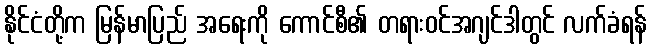
နိုင်ငံတို့က မြန်မာပြည် အရေးကို ကောင်စီ၏ တရားဝင်အဂျင်ဒါတွင် လက်ခံရန်